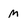
Character: M